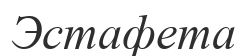
Эстафета